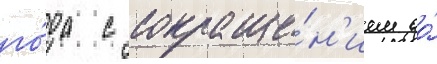
го́да с сокраще́н'ием до́